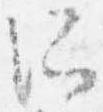
所